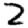
Digit: 2